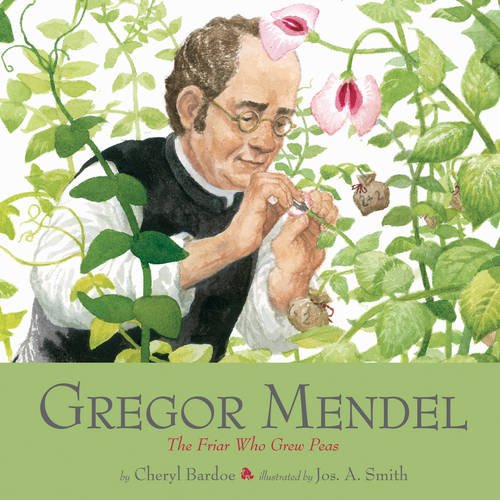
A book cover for Gregor Mendel: The Friar Who Grew Peas; Cheryl Bardoe; Children's Books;